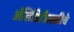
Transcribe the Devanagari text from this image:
अॅसिडिटीसाठीचे